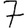
Digit: 7